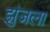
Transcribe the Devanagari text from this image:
झुंजला